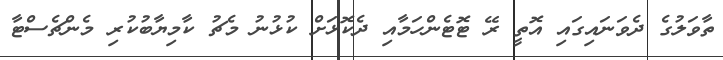
ތާވަލުގެ ދެވަނައިގައި އޮތީ ރޭ ޓޮޓެންހަމާއި ދެކޮޅަށް ކުޅުނު މެޗު ކާމިޔާބުކުރި މެންޗެސްޓާ